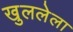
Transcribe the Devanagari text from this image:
खुललेला